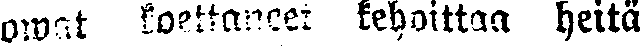
owat koettaneet kehoittaa heitä